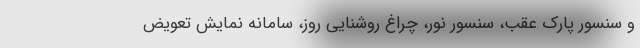
و سنسور پارک عقب، سنسور نور، چراغ روشنایی روز، سامانه نمایش تعویض